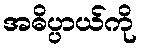
အဓိပ္ပာယ်ကို